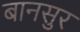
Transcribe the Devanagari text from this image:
बानसुर